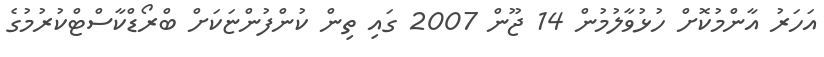
އަހަރު އާންމުކޮށް ހުޅުވާލުމުން 14 ޖޫން 2007 ގައި ތިން ކުންފުންޏަކަށް ބްރޯޑްކާސްޓްކުރުމުގެ